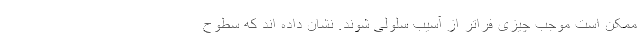
ممکن است موجب چیزی فراتر از آسیب سلولی شوند. نشان داده اند که سطوح